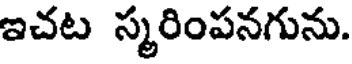
ఇచట స్మరింపనగును.